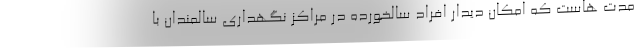
مدت هاست که امکان دیدار افراد سالخورده در مراکز نگهداری سالمندان با